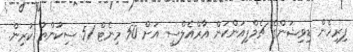
ފިރިހެން ޑިވިޝަންގެ ޗެމްޕިއަންކަން އާރްއެލްސީ އަށް 50 މިނެޓް 51 ސިކުންތު ކުރިން.